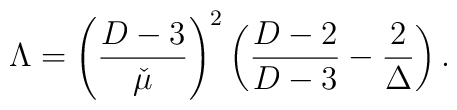
\Lambda = \left(\frac{D-3}{\check\mu}\right)^2\left(      \frac{D-2}{D-3} - \frac{2}{\Delta}\right).